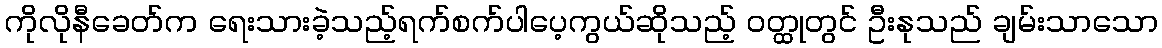
ကိုလိုနီခေတ်က ရေးသားခဲ့သည့်ရက်စက်ပါပေ့ကွယ်ဆိုသည့် ဝတ္ထုတွင် ဦးနုသည် ချမ်းသာသော